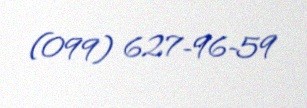
(099) 627-96-59